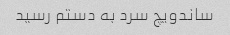
ساندویچ سرد به دستم رسید